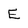
Character: E